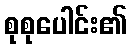
စုစုပေါင်း၏